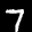
Label: 7